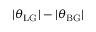
| \theta _ { \mathrm { L G } } | - | \theta _ { \mathrm { B G } } |